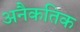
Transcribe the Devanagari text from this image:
अनैकतिक